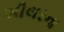
શીલરના